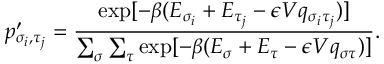
p _ { \sigma _ { i } , \tau _ { j } } ^ { \prime } = \frac { \exp [ - \beta ( E _ { \sigma _ { i } } + E _ { \tau _ { j } } - \epsilon V q _ { \sigma _ { i } \tau _ { j } } ) ] } { \sum _ { \sigma } \sum _ { \tau } \exp [ - \beta ( E _ { \sigma } + E _ { \tau } - \epsilon V q _ { \sigma \tau } ) ] } .